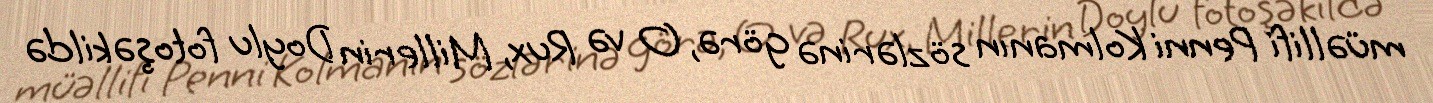
müəllifi Penni Kolmanın sözlərinə görə, O və Rux, Millerin Doylu fotoşəkildə